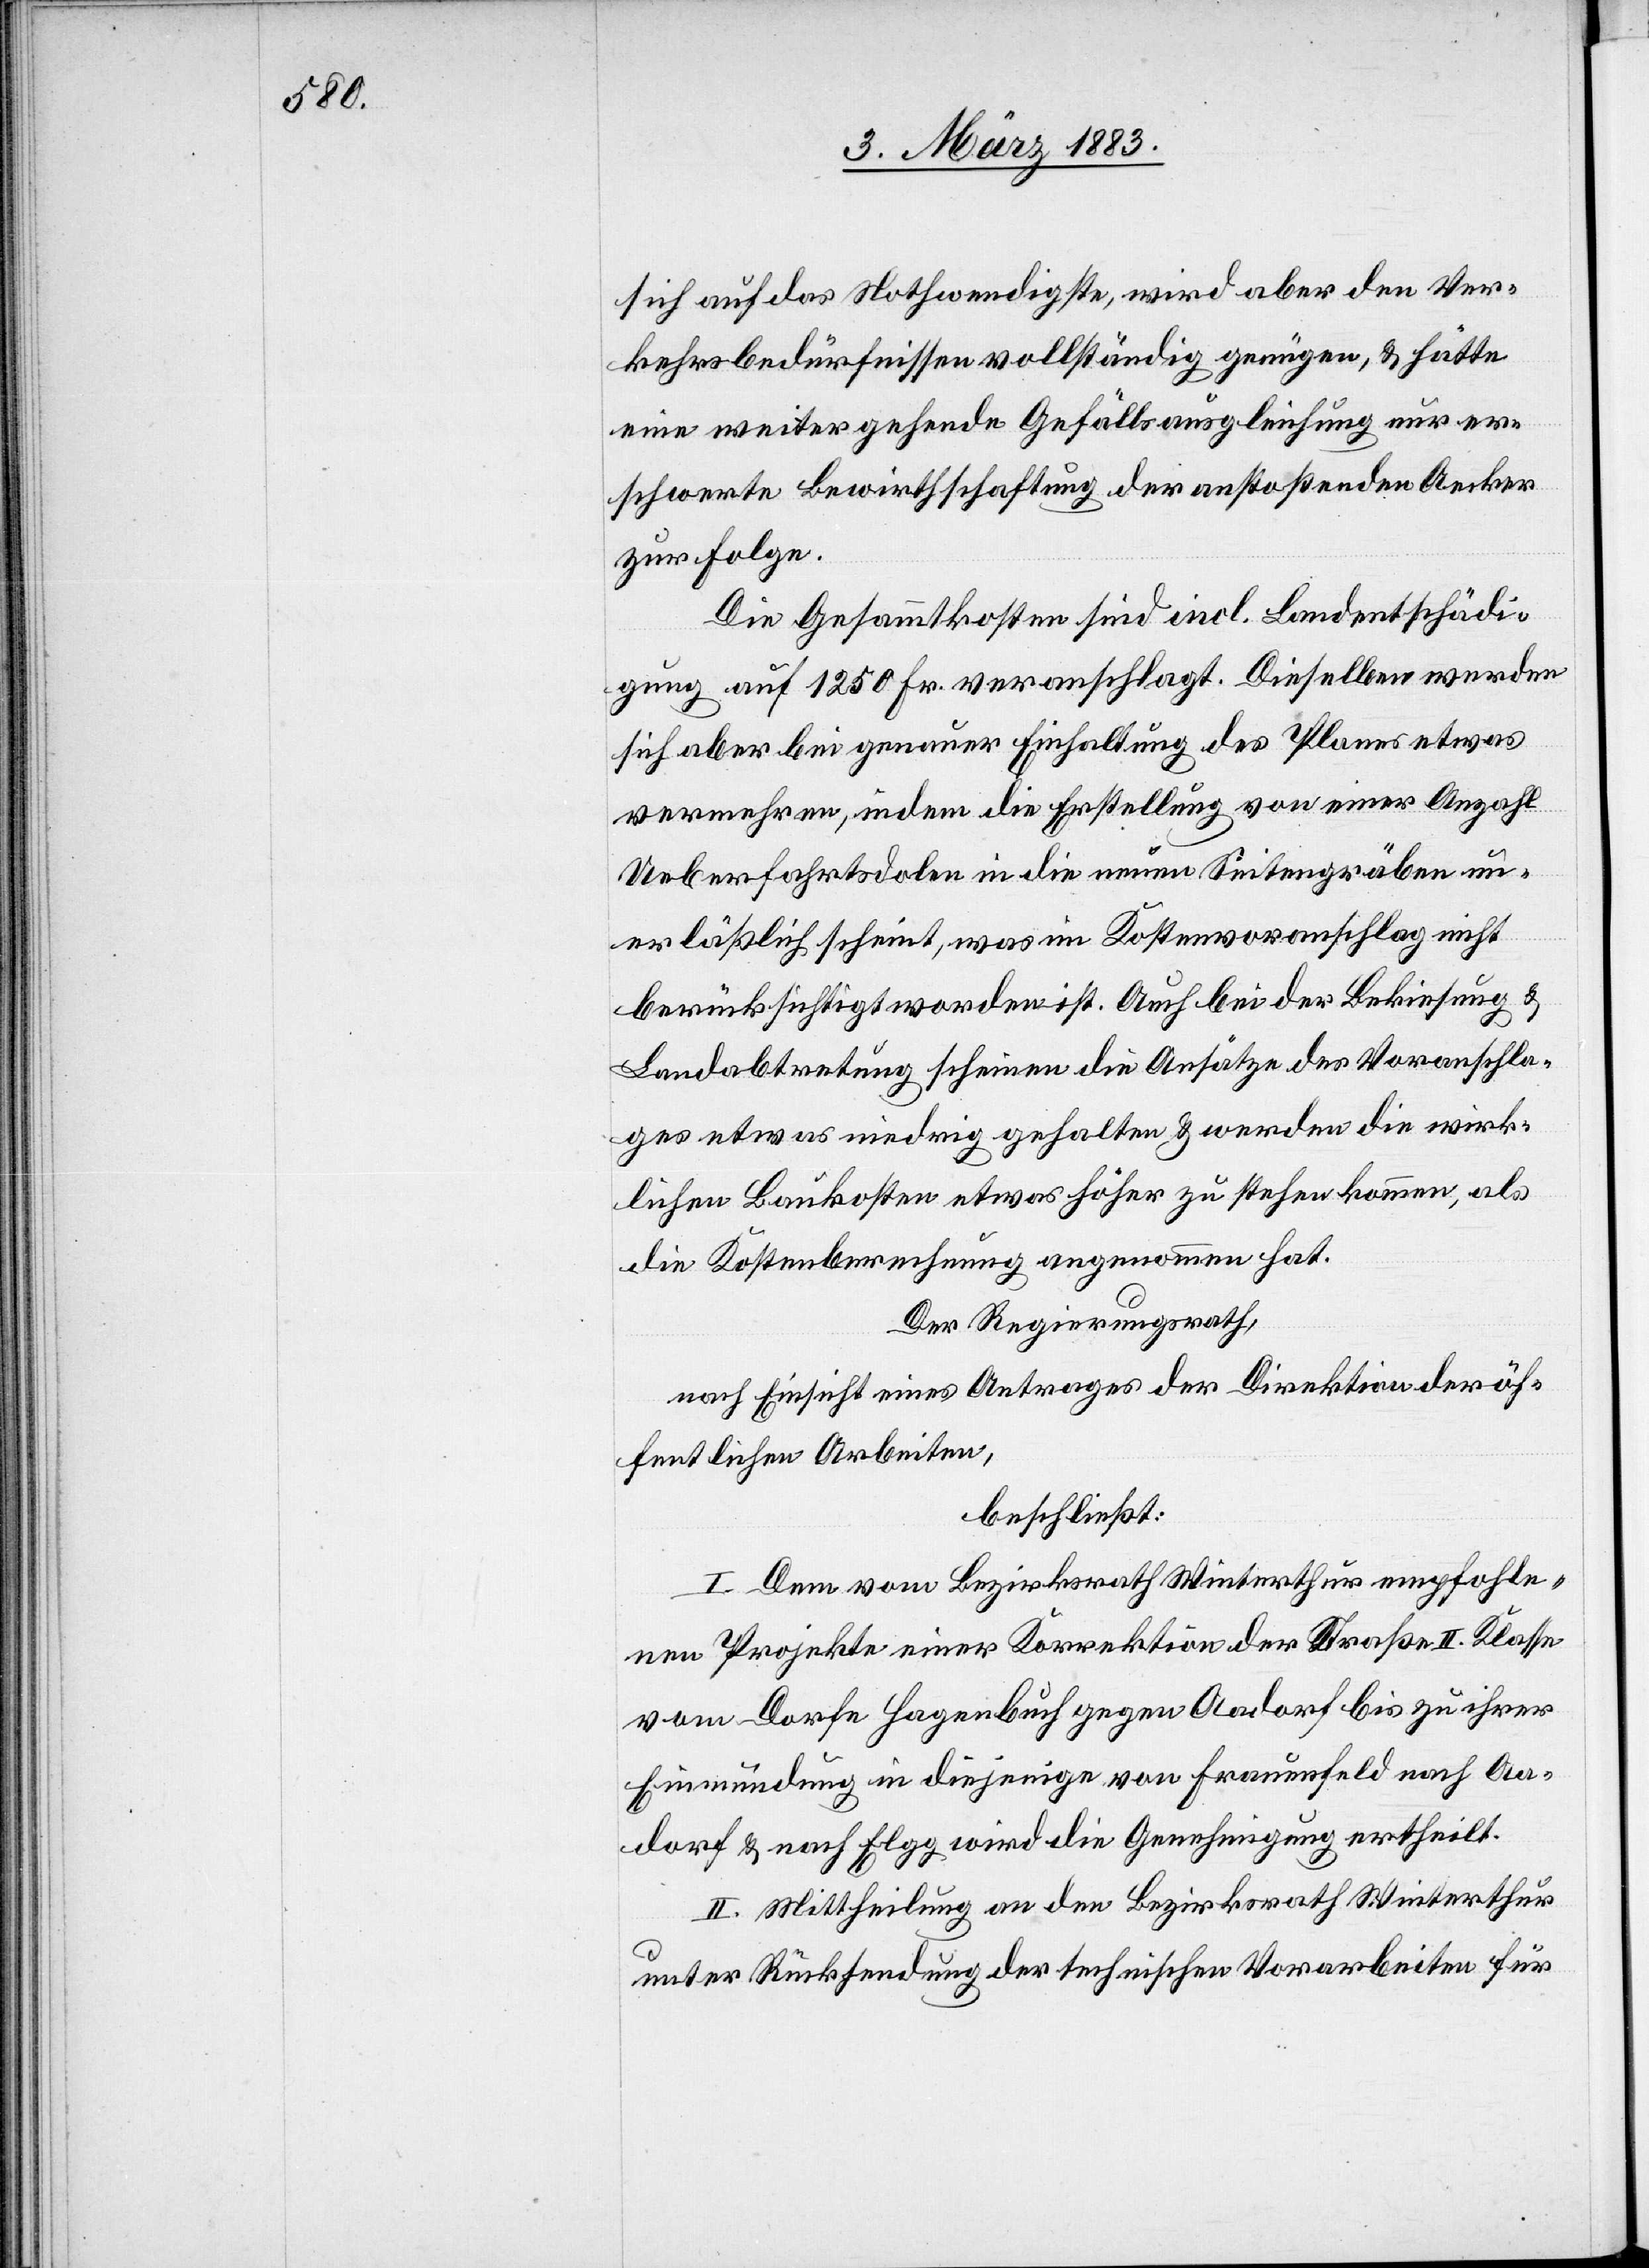
sich auf das Nothwendigste, wird aber den Ver¬
kehrsbedürfnissen vollständig genügen, & hätte
eine weiter gehende Gefällsausgleichung nur er¬
schwerte Bewirthschaftung der anstoßenden Aecker
zur Folge.
Die Gesammtkosten sind incl. Landentschädi¬
gung auf 1250 Fr. veranschlagt. Dieselben werden
sich aber bei genauer Einhaltung des Planes etwas
vermehren, indem die Erstellung von einer Anzahl
Ueberfahrtsdolen in die neuen Seitengräben un¬
erläßlich scheint, was im Kostenvoranschlag nicht
berücksichtigt worden ist. Auch bei der Bekiesung &
Landabtretung scheinen die Ansätze des Voranschla¬
ges etwas niedrig gehalten & werden die wirk¬
lichen Baukosten etwas höher zu stehen kommen, als
die Kostenberechnung angenommen hat.
Der Regierungsrath,
nach Einsicht eines Antrages der Direktion der öf¬
fentlichen Arbeiten,
beschließt:
I. Dem vom Bezirksrath Winterthur empfohle¬
nen Projekte einer Korrektion der Straße II. Klasse
vom Dorfe Hagenbuch gegen Aadorf bis zu ihrer
Einmündung in diejenige von Frauenfeld nach Aa¬
dorf & nach Elgg wird die Genehmigung ertheilt.
II. Mittheilung an den Bezirksrath Winterthur
unter Rücksendung der technischen Vorarbeiten für